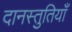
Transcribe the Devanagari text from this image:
दानस्तुतियाँ